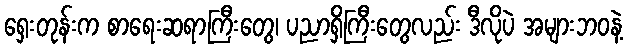
ရှေးတုန်းက စာရေးဆရာကြီးတွေ၊ ပညာရှိကြီးတွေလည်း ဒီလိုပဲ အများဘဝနဲ့